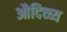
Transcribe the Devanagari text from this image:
औदिच्च्य